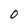
Character: O